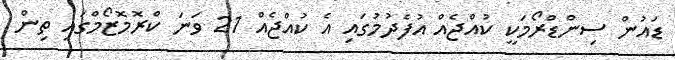
ޑައުން ސިންޑްރޯމަކީ ކުއްޖެއް އުފެދުމުގައި އެ ކުއްޖެއް 21 ވަނަ ކްރޮމޮޒޯމްގައި ތިން